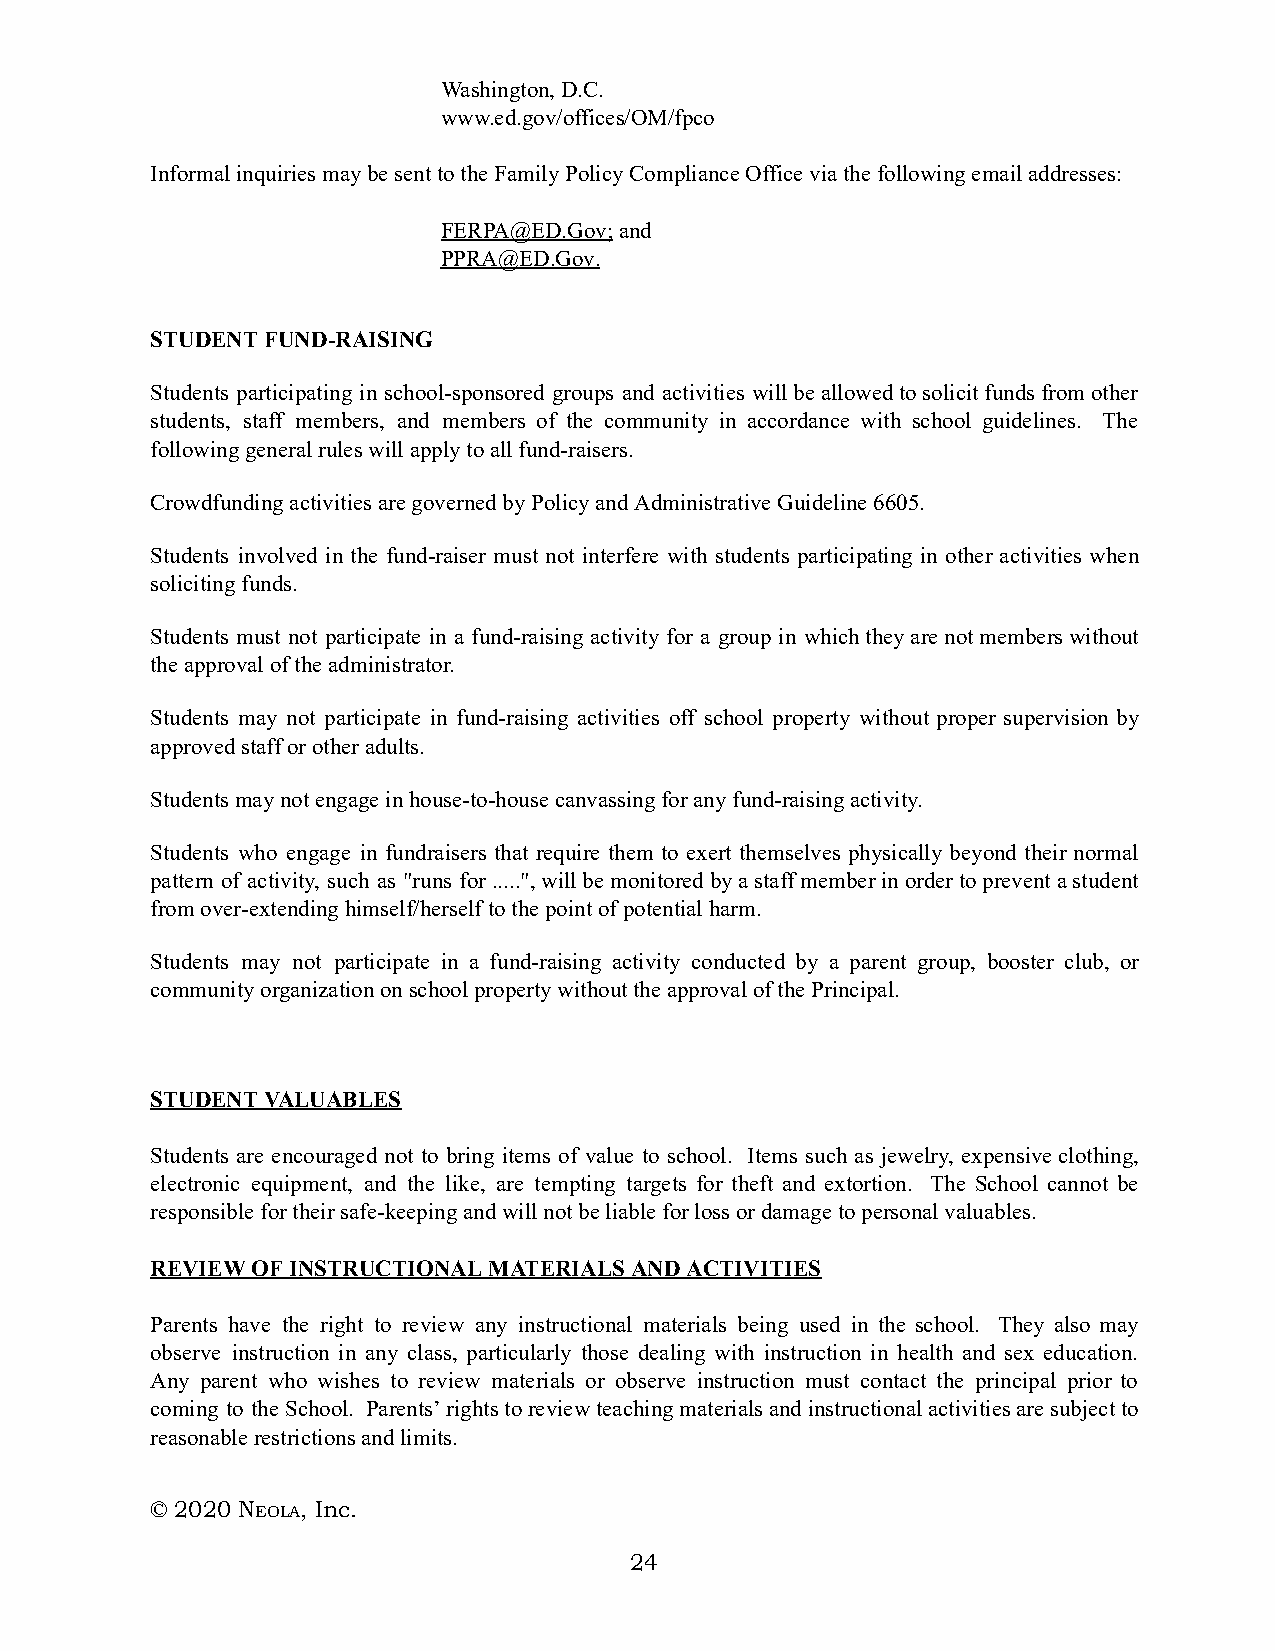
Washington, D.C.
 www.ed.gov/offices/OM/fpco
 Informal inquiries may be sent to the Family Policy Compliance Office via the following email addresses:
 FERPA@ED.Gov; and
 PPRA@ED.Gov.
 STUDENT FUND-RAISING
 Students participating in school-sponsored groups and activities will be allowed to solicit funds from other
 students, staff members, and members of the community in accordance with school guidelines. The
 following general rules will apply to all fund‑raisers.
 Crowdfunding activities are governed by Policy and Administrative Guideline 6605.
 Students involved in the fund-raiser must not interfere with students participating in other activities when
 soliciting funds.
 Students must not participate in a fund-raising activity for a group in which they are not members without
 the approval of the administrator.
 Students may not participate in fund‑raising activities off school property without proper supervision by
 approved staff or other adults.
 Students may not engage in house-to-house canvassing for any fund‑raising activity.
 Students who engage in fundraisers that require them to exert themselves physically beyond their normal
 pattern of activity, such as "runs for .....", will be monitored by a staff member in order to prevent a student
 from over‑extending himself/herself to the point of potential harm.
 Students may not participate in a fund-raising activity conducted by a parent group, booster club, or
 community organization on school property without the approval of the Principal.
 STUDENT VALUABLES
 Students are encouraged not to bring items of value to school. Items such as jewelry, expensive clothing,
 electronic equipment, and the like, are tempting targets for theft and extortion. The School cannot be
 responsible for their safe-keeping and will not be liable for loss or damage to personal valuables.
 REVIEW OF INSTRUCTIONAL MATERIALS AND ACTIVITIES
 Parents have the right to review any instructional materials being used in the school. They also may
 observe instruction in any class, particularly those dealing with instruction in health and sex education.
 Any parent who wishes to review materials or observe instruction must contact the principal prior to
 coming to the School. Parents’ rights to review teaching materials and instructional activities are subject to
 reasonable restrictions and limits.
 © 2020 NE OLA, Inc.
 24